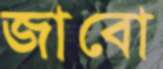
জাবো